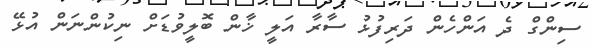
ސިންގް ދެ އަންހެން ދަރިފުޅު ސާރާ އަލީ ޚާން ބޮލީވުޑަށް ނިކުންނަން އުޅޭ